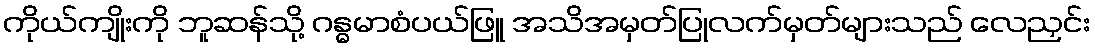
ကိုယ်ကျိုးကို ဘူဆန်သို့ ဂန္ဓမာစံပယ်ဖြူ အသိအမှတ်ပြုလက်မှတ်များသည် လေညှင်း